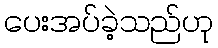
ပေးအပ်ခဲ့သည်ဟု